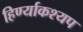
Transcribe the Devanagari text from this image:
हिर्ण्याकश्यप